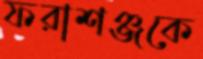
ফরাশঞ্জকে